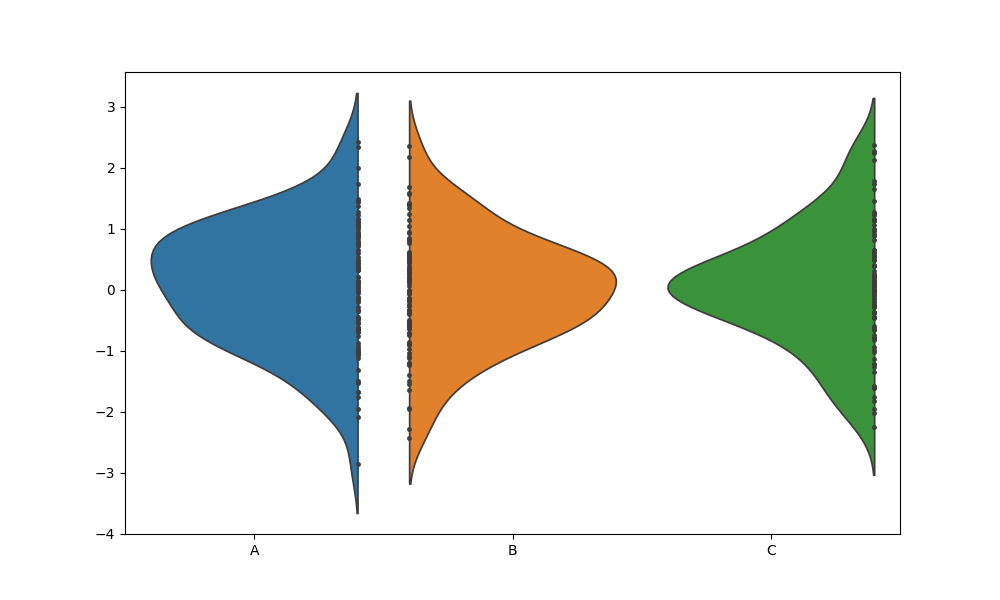
python, seaborn, violinplot, scale='count', split='True', inner='point', fill='True'